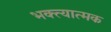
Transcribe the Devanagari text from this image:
भक्त्यात्मक